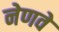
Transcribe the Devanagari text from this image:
नेणवे